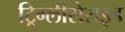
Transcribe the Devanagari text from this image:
ट्रिग्लीसेराइड